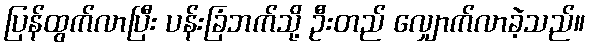
ပြန်ထွက်လာပြီး ပန်းခြံဘက်သို့ ဦးတည် လျှောက်လာခဲ့သည်။